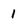
Character: 1